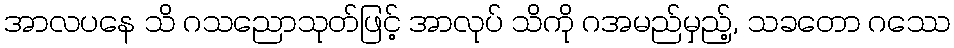
အာလပနေ သိ ဂသညောသုတ်ဖြင့် အာလုပ် သိကို ဂအမည်မှည့်, သခတော ဂဿေ